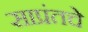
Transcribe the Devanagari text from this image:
साप्रंतचे